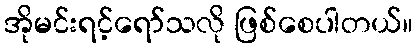
အိုမင်းရင့်ရော်သလို ဖြစ်စေပါတယ်။